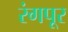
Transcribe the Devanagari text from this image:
रंगपूर